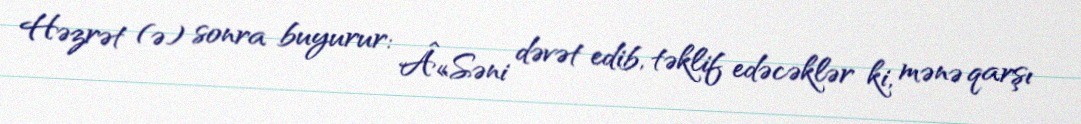
Həzrət (ə) sonra buyurur: Â«Səni dəvət edib, təklif edəcəklər ki, mənə qarşı